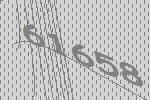
61658